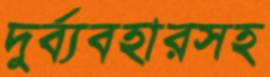
দুর্ব্যবহারসহ